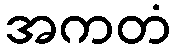
အကတံ